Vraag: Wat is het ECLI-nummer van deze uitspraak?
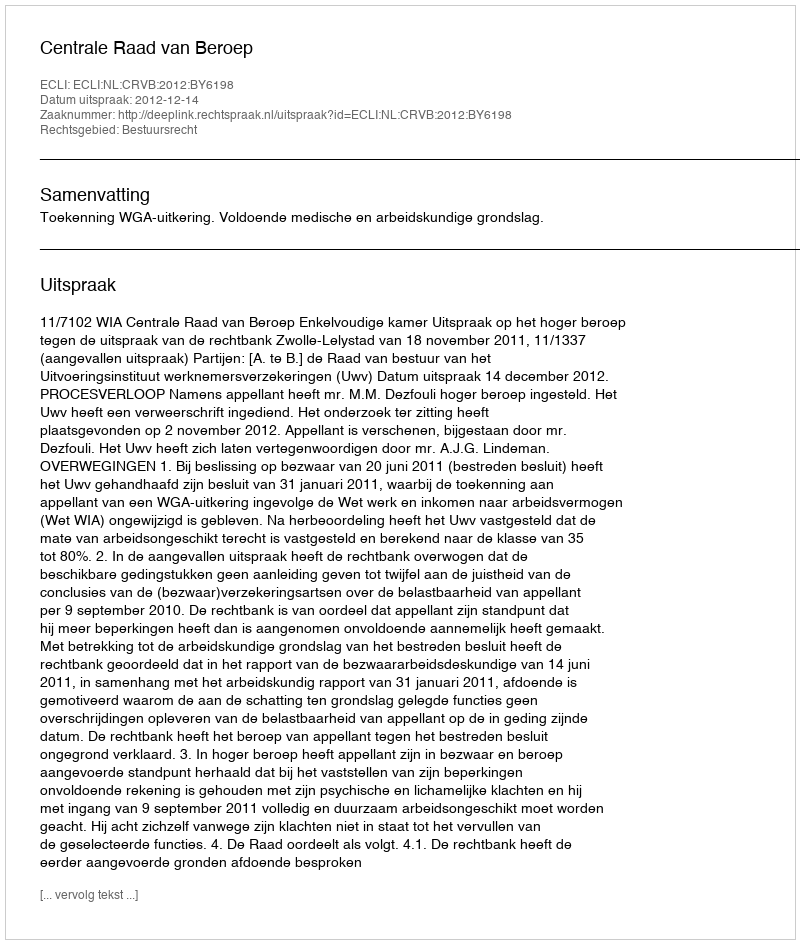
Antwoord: ECLI:NL:CRVB:2012:BY6198